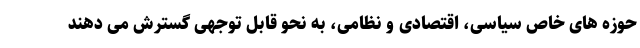
حوزه های خاص سیاسی، اقتصادی و نظامی، به نحو قابل توجهی گسترش می دهند